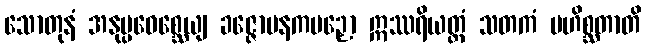
သောတုနံ အနုပ္ပဝေစ္ဆေယျ ခဇ္ဇောပနကပဉှော ဣဿရိယတ္ထံ သတကံ မဟိစ္ဆတာတိ